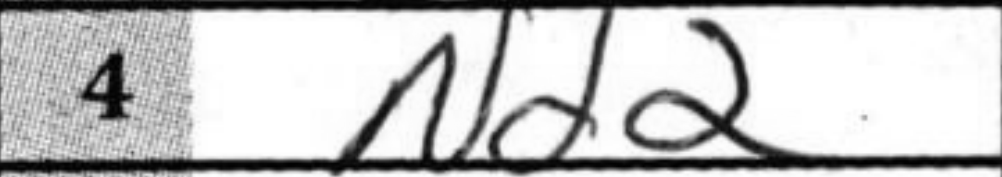
Transcription: Nd2